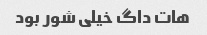
هات داگ خیلی شور بود